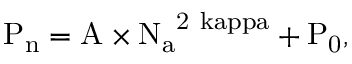
\mathrm { { P _ { n } } = \mathrm { { A } \times \mathrm { { N _ { a } } ^ { 2 \ k a p p a } + \mathrm { { P _ { 0 } } , } } } }